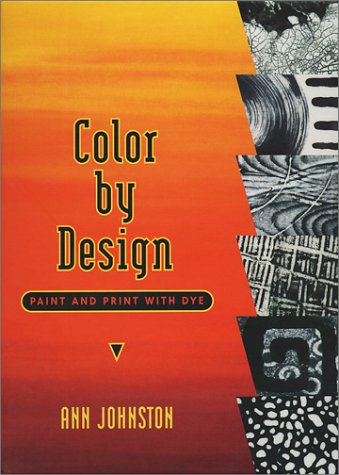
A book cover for Color by Design: Paint and Print with Dye; Ann Johnston; Crafts, Hobbies & Home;